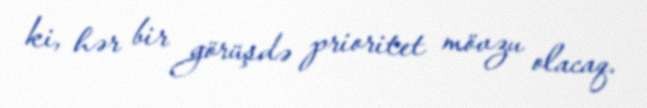
ki, hər bir görüşdə prioritet mövzu olacaq.